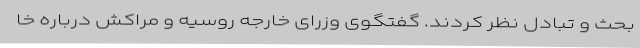
بحث و تبادل نظر کردند. گفتگوی وزرای خارجه روسیه و مراکش درباره خا